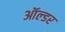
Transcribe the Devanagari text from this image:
ऑल्‍डर